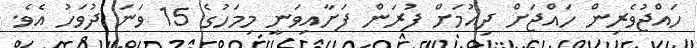
ހައްޖުވެރިން ހައްޖަށް ދިއުމަށް ފުރަން ފަށާއިވަނީ މިމަހުގެ 15 ވަނަ ދުވަހު އެވެ.